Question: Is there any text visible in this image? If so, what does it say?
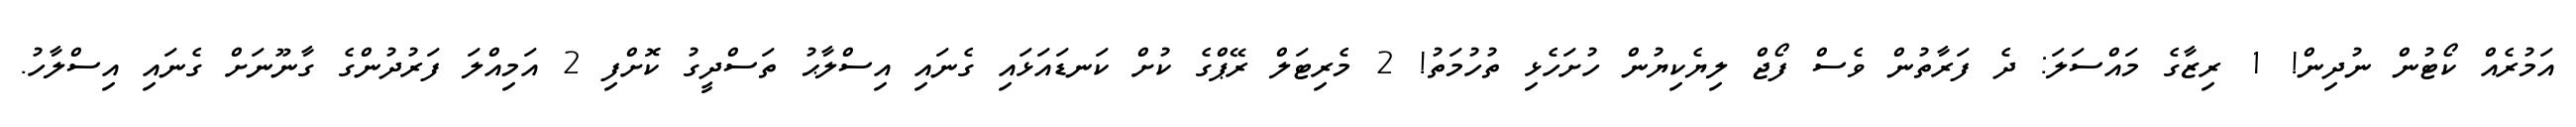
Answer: އަމުރެއް ކޯޓުން ނުދިން! 1 ރިޒާގެ މައްސަލަ: ދެ ފަރާތުން ވެސް ފޯޖް ލިޔެކިޔުން ހުށަހެޅި ތުހުމަތު! 2 މެރިޓަލް ރޭޕްގެ ކުށް ކަނޑައަޅައި ގެނައި އިސްލާޙު ތަސްދީގު ކޮށްފި 2 އަމިއްލަ ފަރުދުންގެ ގާނޫނަށް ގެނައި އިސްލާހު.